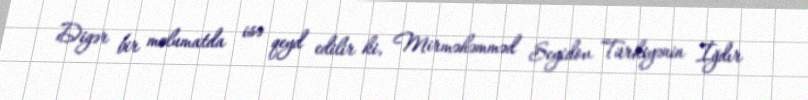
Digər bir məlumatda isə qeyd edilir ki, Mirməhəmməd Seyidov Türkiyənin İğdır